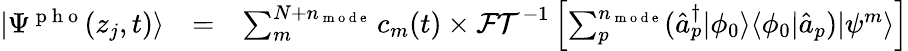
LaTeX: \begin{array}{ccl}{|\Psi^{\mathrm{~p~h~o~}}(z_{j},t)\rangle}&{=}&{\sum_{m}^{N+n_{\mathrm{~m~o~d~e~}}}c_{m}(t)\times\mathcal{FT}^{-1}\left[\sum_{p}^{n_{\mathrm{~m~o~d~e~}}}(\hat{a}_{p}^{\dagger}|\phi_{0}\rangle\langle\phi_{0}|\hat{a}_{p})|\psi^{m}\rangle\right]}\end{array}